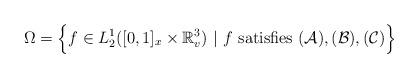
LaTeX: \begin{align*}\Omega=\Big\{f\in L^1_2([0,1]_x\times \mathbb{R}^3_v)~|&~f \mbox{ satisfies } (\mathcal{A}), (\mathcal{B}), (\mathcal{C})\Big\}\end{align*}